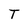
Character: T